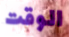
الوقت